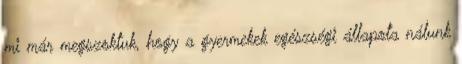
mi már megszoktuk, hogy a gyermekek egészségi állapota nálunk